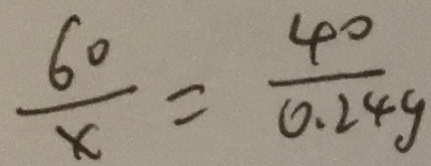
\frac { 6 0 } { x } = \frac { 4 0 } { 0 . 2 4 g }